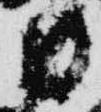
日